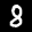
Label: 8